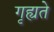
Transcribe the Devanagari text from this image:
गृह्यते